Annual report of the Punjab Veterinary College and of the Civil Veterinary Department, Punjab - 1920-1925
Year: 1920
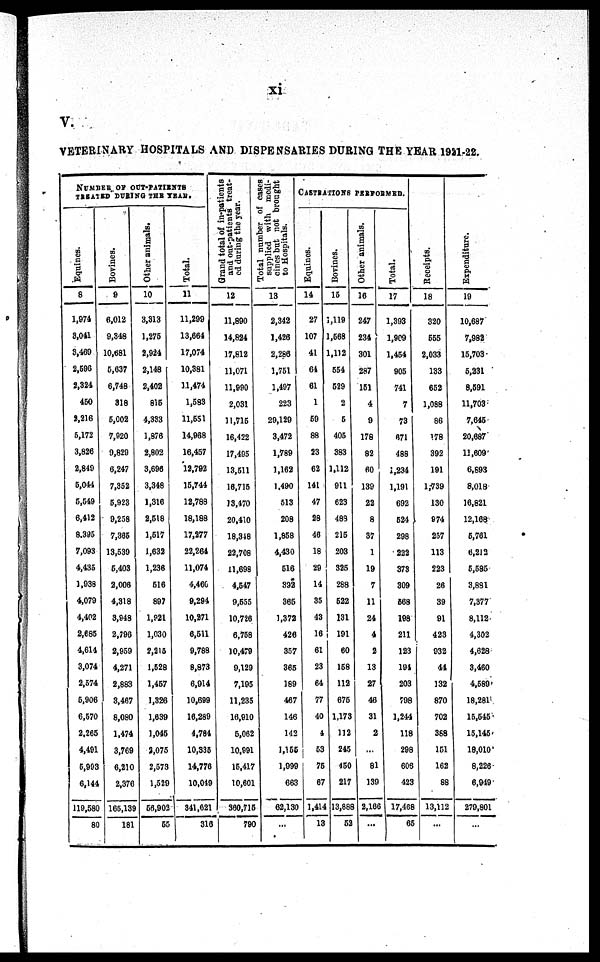
xi
V.
VETERI NARY HOSPI TALS A N D DI SPENSARI ES DURI NG T H E YEAR 1921-22.
NUMBER O F OUT- PATI ENTS
TREATED DURING T H E YEAR.
Equines.
8
1,974
3, 041
3, 469
2, 596
2, 324
450
2, 216
5, 172
3, 826
2, 849
5, 044
5, 549
6, 412
8, 395
7, 093
4, 435
1, 936
4, 079
4, 402
2, 685
4, 614
3, 074
2, 574
5, 906
6, 570
2, 265
4, 491
5, 993
6,144
119,580
80
Bovines.
9
6, 012
9, 348
10, 681
5, 637
6, 748
318
5, 002
7, 920
9, 829
6, 247
7, 352
5, 923
9, 258
7, 385
13, 539
5, 403
2,006
4, 318
3, 948
2, 796
2, 959
4, 271
2, 883
3, 467
8, 080
1, 474
3, 769
6, 210
2, 376
165,139 181
Other animals.
10
3, 313
1, 275
2, 924
2, 148
2, 402
815
4, 333
1, 876
2, 802
3, 696
3, 348
1, 316
2, 518
1, 517
1, 632
1, 236
516
897
1, 921
1, 030
2,315
1, 528
1, 457
1, 326
1, 839
1, 045
2, 075
2, 573
1, 529
56, 903
55
Total.
11
11, 299
13, 664
17, 074
10, 381
11, 474
1, 583
11, 551
14, 968
16, 457
12, 792
15, 744
12, 788
18, 188
17, 277
22, 264
11, 074
4, 460
9, 291
10, 371
6, 511
9, 788
8, 873
6, 914
10, 699
16, 289
4, 784
10, 335
14, 776
10, 049
341, 621
316
Grand total of in-patients
and out-patients treat-
ed during the year.
12
11, 890
14, 824
17, 812
11, 071
11, 990
2, 031
11, 715
16, 422
17, 495
13, 511
16, 715
13, 470
20, 410
18, 318
22, 708
11, 698
4, 547
9, 555
10, 726
6, 758
10, 479
9, 129
7, 195
11, 235
16, 910
5, 062
10, 991
15, 417
10, 601
380, 715
790
Total number of cases
supplied with medi-
cines but not brought
to Hospitals.
13
2, 342
1, 426
2, 286
1, 751
1, 497
223
29, 129
3, 472
1, 789
1, 162
1, 490
513
208
1, 858
4, 430
516
322
365
1, 372
426
357
365
189
467
146
142
1,155
1, 099
663
62, 130
...
CASTRATIONS PERFORMED.
Equities.
14
27
107
41
61
61
1
59
88
23
62
141
47
28
46
18
29
14
35
43
16
61
23
64
77
40
4
53
75
67
1,414
13
Bovines.
15
1, 119
1, 568
1,112
554
529
2
5
405
383
1, 112
911
623
483
215
203
325
288
522
131
191
60
158
112
675
1 , 1 7 3
112
245
450
217
13,888 52
Other animals.
16
247
234
301
2 8 7
151
4
9
178
82
60
139
22
8
37
1
19
7
11
24
4
2
13
27
46
31
2
...
81
139
2, 166
...
Total.
1 7
1, 393
1, 909
1, 454
905
741
7
73
671
488
1,234
1, 191
692
524
298
222
373
309
568
198
211
123
194
203
798
1, 244
118
298
606
423
17, 468
65
Receipts.
18
320
555
2, 033
133
652
1, 088
86
178
392
191
1, 739
130
974
257
113
223
26
39
91
423
932
44
132
870
702
388
151
162
88
13, 112
...
Expenditure.
19
10, 687
7, 982
15, 703
5, 331
8, 591
11, 703
7, 645
20, 687
11, 609
6,893
8, 018
16, 821
12, 168
5, 761
6, 212
5, 585
3,881
7, 377
8, 112
4, 302
4, 628
3, 460
4,580
18, 281
15, 545
15, 145
18, 010
8, 226
6, 949
279, 801
...